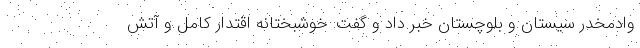
وادمخدر سیستان و بلوچستان خبر داد و گفت: خوشبختانه اقتدار کامل و آتش